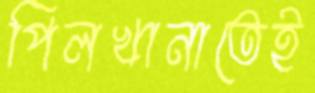
পিলখানাতেই